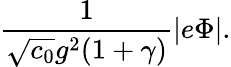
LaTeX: {\frac{1}{\sqrt{c_{0}}g^{2}(1+\gamma)}}|e\Phi|.